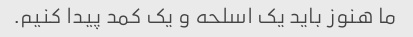
ما هنوز باید یک اسلحه و یک کمد پیدا کنیم.